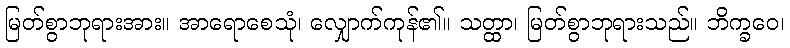
မြတ်စွာဘုရားအား။ အာရောစေသုံ၊ လျှောက်ကုန်၏။ သတ္ထာ၊ မြတ်စွာဘုရားသည်။ ဘိက္ခဝေ၊